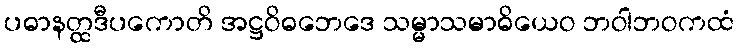
ပဓာနတ္ထဒီပကောတိ အဋ္ဌဝိဓဘေဒေ သမ္မာသမာဓိယေဝ ဘဝါဘဝကထံ